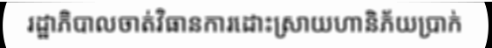
រដ្ឋាភិបាលចាត់វិធានការដោះស្រាយហានិភ័យប្រាក់